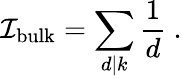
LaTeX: {\cal I}_{\mathrm{bulk}}=\sum_{d|k}\frac{1}{d}\ .